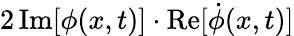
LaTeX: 2\, \mathrm{Im}[\phi(x,t)]\cdot\mathrm{Re}[\dot{\phi}(x,t)]